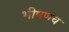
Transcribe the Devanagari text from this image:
भीषणच